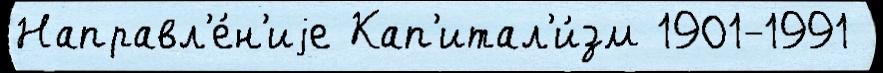
Направл'е́н'иjе Кап'итал'и́зм 1901-1991